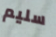
سليم